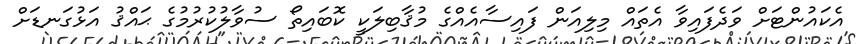
އެކައުންޓަށް ވަދެފައިވާ އެތައް މިލިއަން ފައިސާއެއްގެ މުޤާބިލަކީ ކޮބައިތޯ ސުވާލުކުރުމުގެ ޙައްޤު އަޅުގަނޑަށް